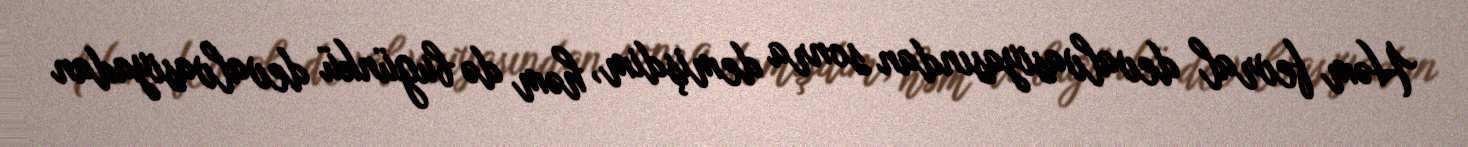
Həm fevral devalvasiyasından sonra demişdim, həm də bugünkü devalvasiyadan